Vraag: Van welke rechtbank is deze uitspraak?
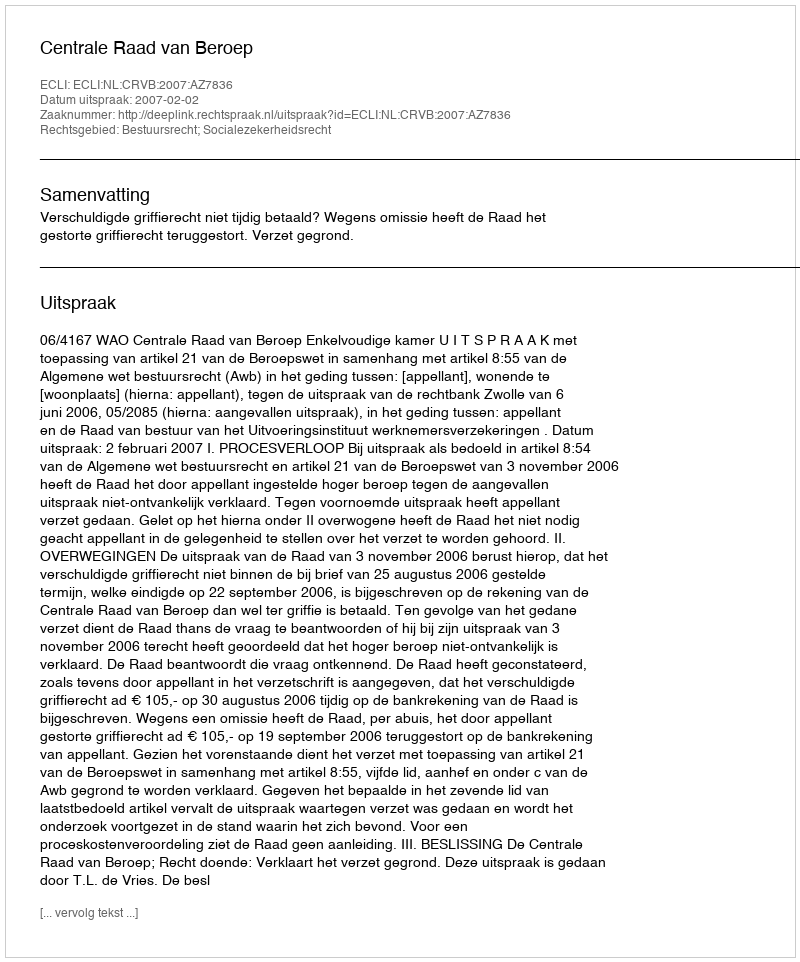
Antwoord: Centrale Raad van Beroep